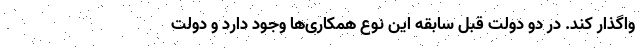
واگذار کند. در دو دولت قبل سابقه این نوع همکاری‌ها وجود دارد و دولت